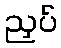
ညှပ်